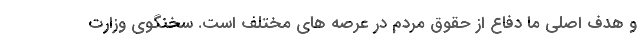
و هدف اصلی ما دفاع از حقوق مردم در عرصه های مختلف است. سخنگوی وزارت